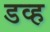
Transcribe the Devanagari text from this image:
डव्ह